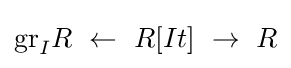
{\text{gr}}_{I}R\ \leftarrow \ R[It]\ \to \ R